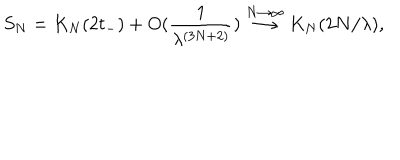
S _ { N } = K _ { N } ( 2 t _ { - } ) + O ( \frac { 1 } { \lambda ^ { ( 3 N + 2 ) } } ) \stackrel { N \rightarrow \infty } { \longrightarrow } K _ { N } ( 2 N / \lambda ) ,